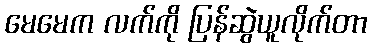
မေမေက လက်ကို ပြန်ဆွဲယူလိုက်တာ